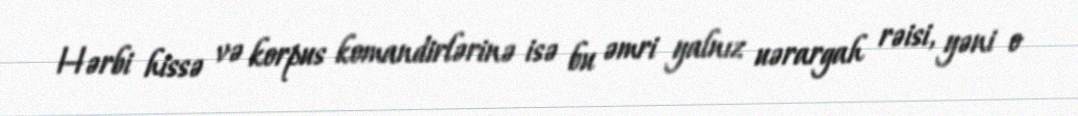
Hərbi hissə və korpus komandirlərinə isə bu əmri yalnız uərargah rəisi, yəni o